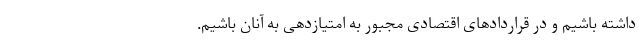
داشته باشیم و در قراردادهای اقتصادی مجبور به امتیازدهی به آنان باشیم.